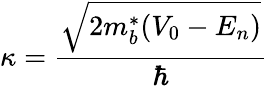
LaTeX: \kappa={\frac{\sqrt{2m_{b}^{*}(V_{0}-E_{n})}}{\hbar}}